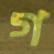
গ